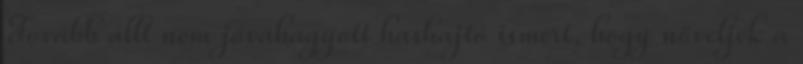
Tovább állt nem jóváhagyott hashajtó ismert, hogy növeljék a